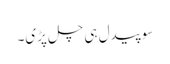
سو پیدل ہی چل پڑی۔